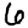
Digit: 6